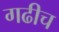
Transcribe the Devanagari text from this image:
गढीच